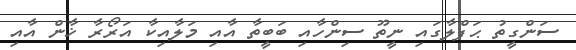
ސަންގީތު ޙަފްލާގައި ނީތޫ ސިންހާއި ބަބީތާ އާއި މަލާއިކާ އަރޯރާ ޚާން އާއި